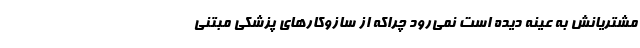
مشتریانش به عینه دیده است نمی‌رود چراکه از سازوکارهای پزشکی مبتنی